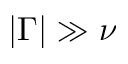
| \Gamma | \gg \nu